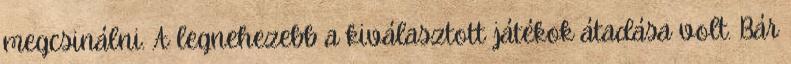
megcsinálni. A legnehezebb a kiválasztott játékok átadása volt. Bár